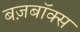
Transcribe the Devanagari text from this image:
बज़बॉक्स